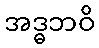
အဒ္ဓဘဝိ